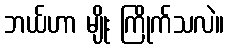
ဘယ်ဟာ မျိုး ကြိုက်သလဲ။